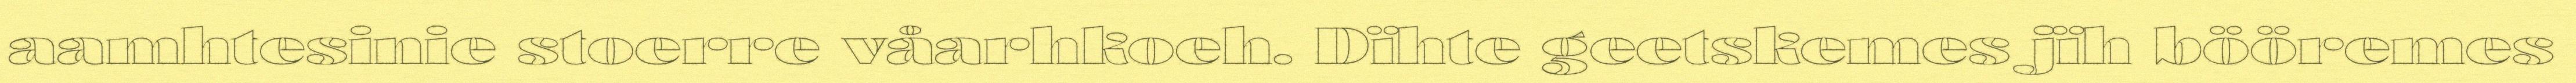
aamhtesinie stoerre våarhkoeh. Dïhte geetskemes jïh bööremes